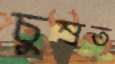
চুম্‌রত